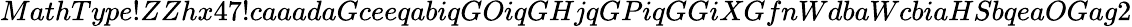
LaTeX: MathType!ZZhx47!caaadaGceeqabiqGOiqGHjqGPiqGGiXGfnWdbaWcbiaHSbqeaOGag2